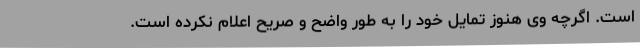
است. اگرچه وی هنوز تمایل خود را به طور واضح و صریح اعلام نکرده است.